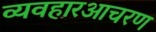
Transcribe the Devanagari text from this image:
व्यवहारआचरण